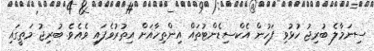
ސިނަމާލެ ބުރިޖު ހުޅުވި ފަހުން އެކްސިޑެންޓުތައް އިންތިހާއަށް އިތުރުވެފައި ވެއެވެ. ބުރިޖު މަތީގައި